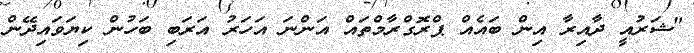
"ޝަރުއީ ދާއިރާ އިން ބައެއް ޕްރޮގްރާމްތައް އަންނަ އަހަރު އަރަބި ބަހުން ކިޔަވައިދޭން